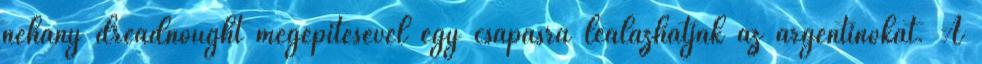
néhány dreadnought megépítésével egy csapásra lealázhatják az argentinokat. A